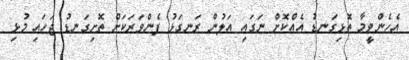
އެހެންވީމާ ތޮޅިގަނޑު އެއްކޮށް ނަގައި އަލުން ރަނގަޅު ފެންވަރަކަށް ތޮށިގަނޑު ޖަހައި މުޅި